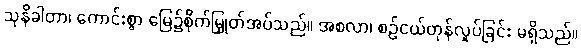
သုနိခါတာ၊ ကောင်းစွာ မြေ၌စိုက်မြှုတ်အပ်သည်။ အစလာ၊ စဉ်ငယ်တုန်လှုပ်ခြင်း မရှိသည်။